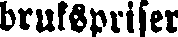
brukspriser.